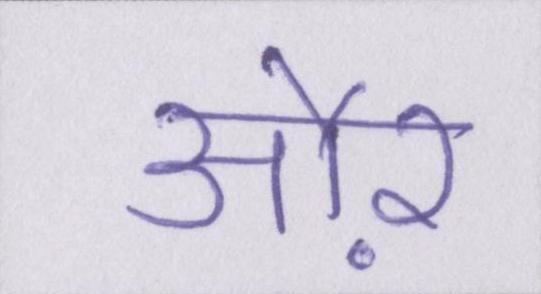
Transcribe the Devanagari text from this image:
औऱ